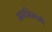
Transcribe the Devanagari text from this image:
मताभिमानी